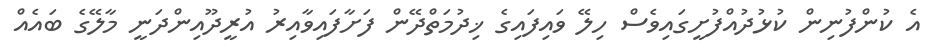
އެ ކުންފުނިން ކުޅުދުއްފުށީގައިވެސް ހިލޭ ވައިފައިގެ ޚިދުމަތްދޭން ފަށާފައިވާއިރު އުރީދޫއިންދަނީ މާލޭގެ ބައެއް